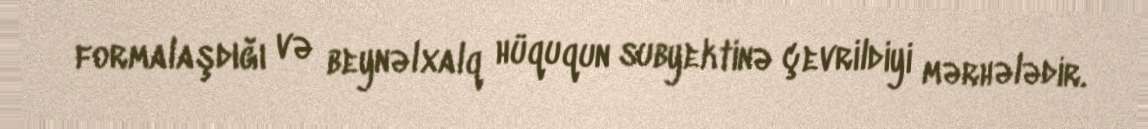
formalaşdığı və beynəlxalq hüququn subyektinə çevrildiyi mərhələdir.